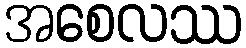
အစေလဿ